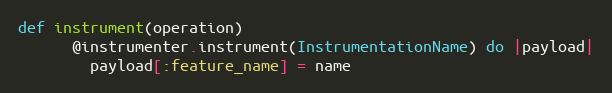
Language: Ruby
def instrument(operation)
      @instrumenter.instrument(InstrumentationName) do |payload|
        payload[:feature_name] = name